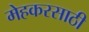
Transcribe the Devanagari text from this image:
मेहकरसाठी